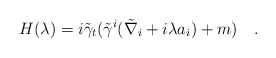
\begin{align*}H(\lambda)=i\tilde{\gamma}_t(\tilde{\gamma}^i (\tilde{\nabla}_i+i\lambda a_i)+m)~~~.\end{align*}